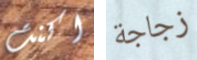
اكنت زجاجة